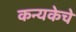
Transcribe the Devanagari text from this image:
कन्यकेचे